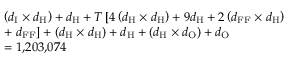
\begin{array} { r l } & { \left( d _ { \mathrm { I } } \times d _ { \mathrm { H } } \right) + d _ { \mathrm { H } } + T \left[ 4 \left( d _ { \mathrm { H } } \times d _ { \mathrm { H } } \right) + 9 d _ { \mathrm { H } } + 2 \left( d _ { \mathrm { F F } } \times d _ { \mathrm { H } } \right) \right. } \\ & { + \left. d _ { \mathrm { F F } } \right] + \left( d _ { \mathrm { H } } \times d _ { \mathrm { H } } \right) + d _ { \mathrm { H } } + \left( d _ { \mathrm { H } } \times d _ { \mathrm { O } } \right) + d _ { \mathrm { O } } } \\ & { = 1 { , } 2 0 3 { , } 0 7 4 } \end{array}